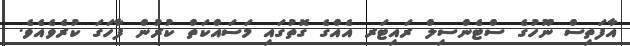
އާފަތިސް ނޫހުގެ ސްޓެންސިލް ރައިޓަރ އެއްގެ ގޮތުގައި މަސައްކަތް ކުރުން ފާހަގަ ކުރެވެއެވެ.